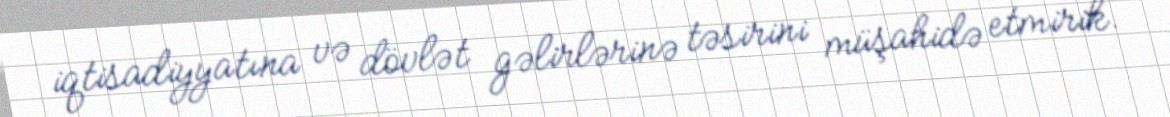
iqtisadiyyatına və dövlət gəlirlərinə təsirini müşahidə etmirik.